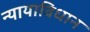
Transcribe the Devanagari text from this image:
न्यायाविधान